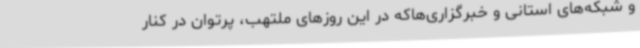
و شبکه‌های استانی و خبرگزاری‌هاکه در این روزهای ملتهب، پرتوان در کنار